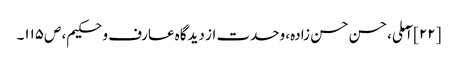
[۲۲] آملی، حسن حسن زادہ، وحدت از دیدگاه عارف و حکیم، ص‌۱۱۵۔